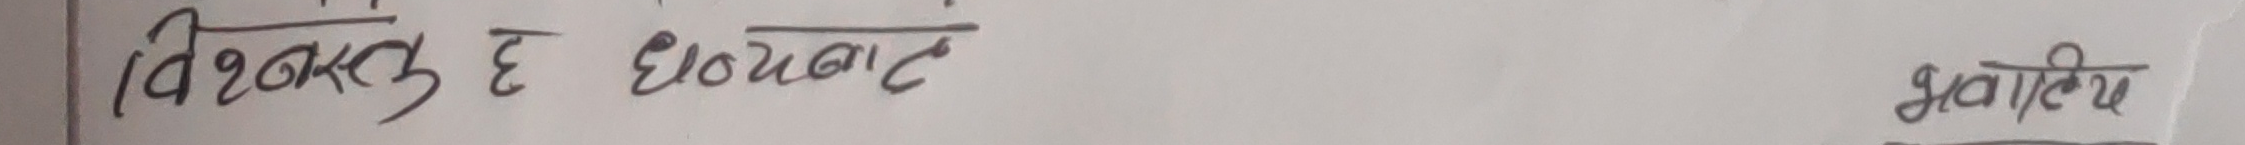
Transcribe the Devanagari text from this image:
विश्वस्त छु धन्यवाद
भवदीय